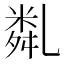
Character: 亃